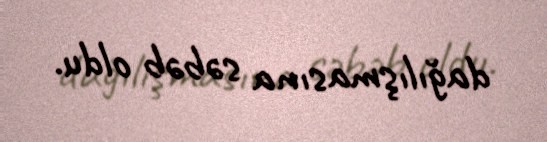
dağılışmasına səbəb oldu.